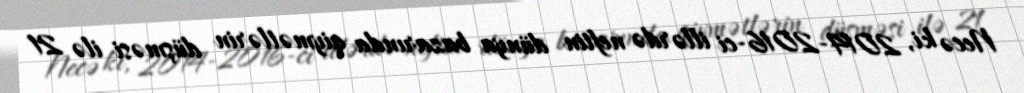
Necə ki, 2014-2016-ci illərdə neftin dünya bazarında qiymətlərin düşməsi ilə 21